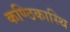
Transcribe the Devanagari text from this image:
कण्ठिकास्थि